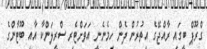
ގްރޫޕް ބީގައި ރާއްޖޭގެ އިތުރުން ދެން ހިމެނެނީ އަވަށްޓެރި ސްރީލަންކާ އާއި ބޫޓާންގެ